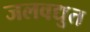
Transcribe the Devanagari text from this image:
जलवद्युत